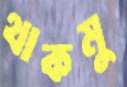
থাকমু